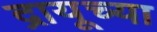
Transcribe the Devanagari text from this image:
द्रायूच्या